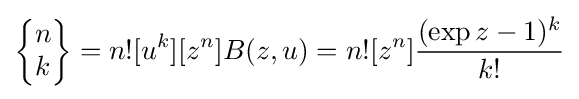
\left\{{\begin{matrix}n\\k\end{matrix}}\right\}=n![u^{k}][z^{n}]B(z,u)=n![z^{n}]{\frac {(\exp z-1)^{k}}{k!}}